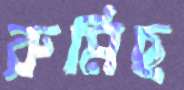
রুমিছ